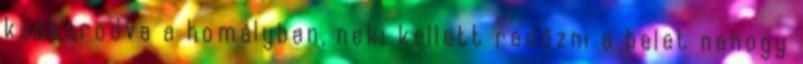
kunkorodva a homályban, neki kellett redőzni a belet nehogy